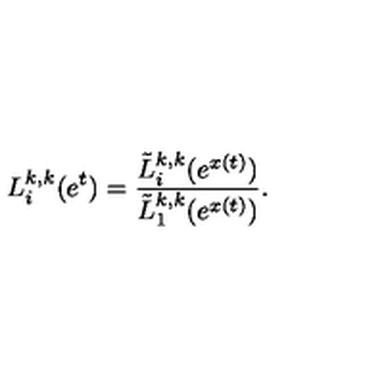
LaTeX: L _ { i } ^ { k , k } ( e ^ { t } ) = \frac { \tilde { L } _ { i } ^ { k , k } ( e ^ { x ( t ) } ) } { \tilde { L } _ { 1 } ^ { k , k } ( e ^ { x ( t ) } ) } .